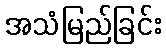
အသံမြည်ခြင်း